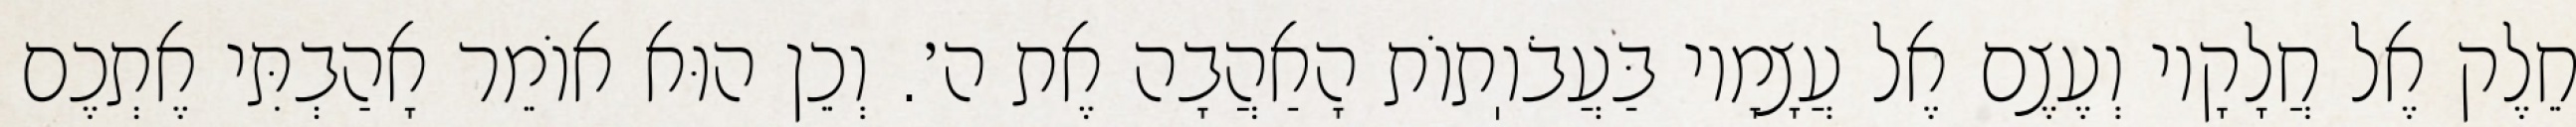
חֵלֶק אֶל חֲלָקָיו וְעֶצֶם אֶל עֲצָמָיו בַּעֲבֹוֽתוֹת הָאַהֲבָה אֶת ה׳. וְכֵן הוּא אוֹמֵר אָהַבְתִּי אֶתְכֶם